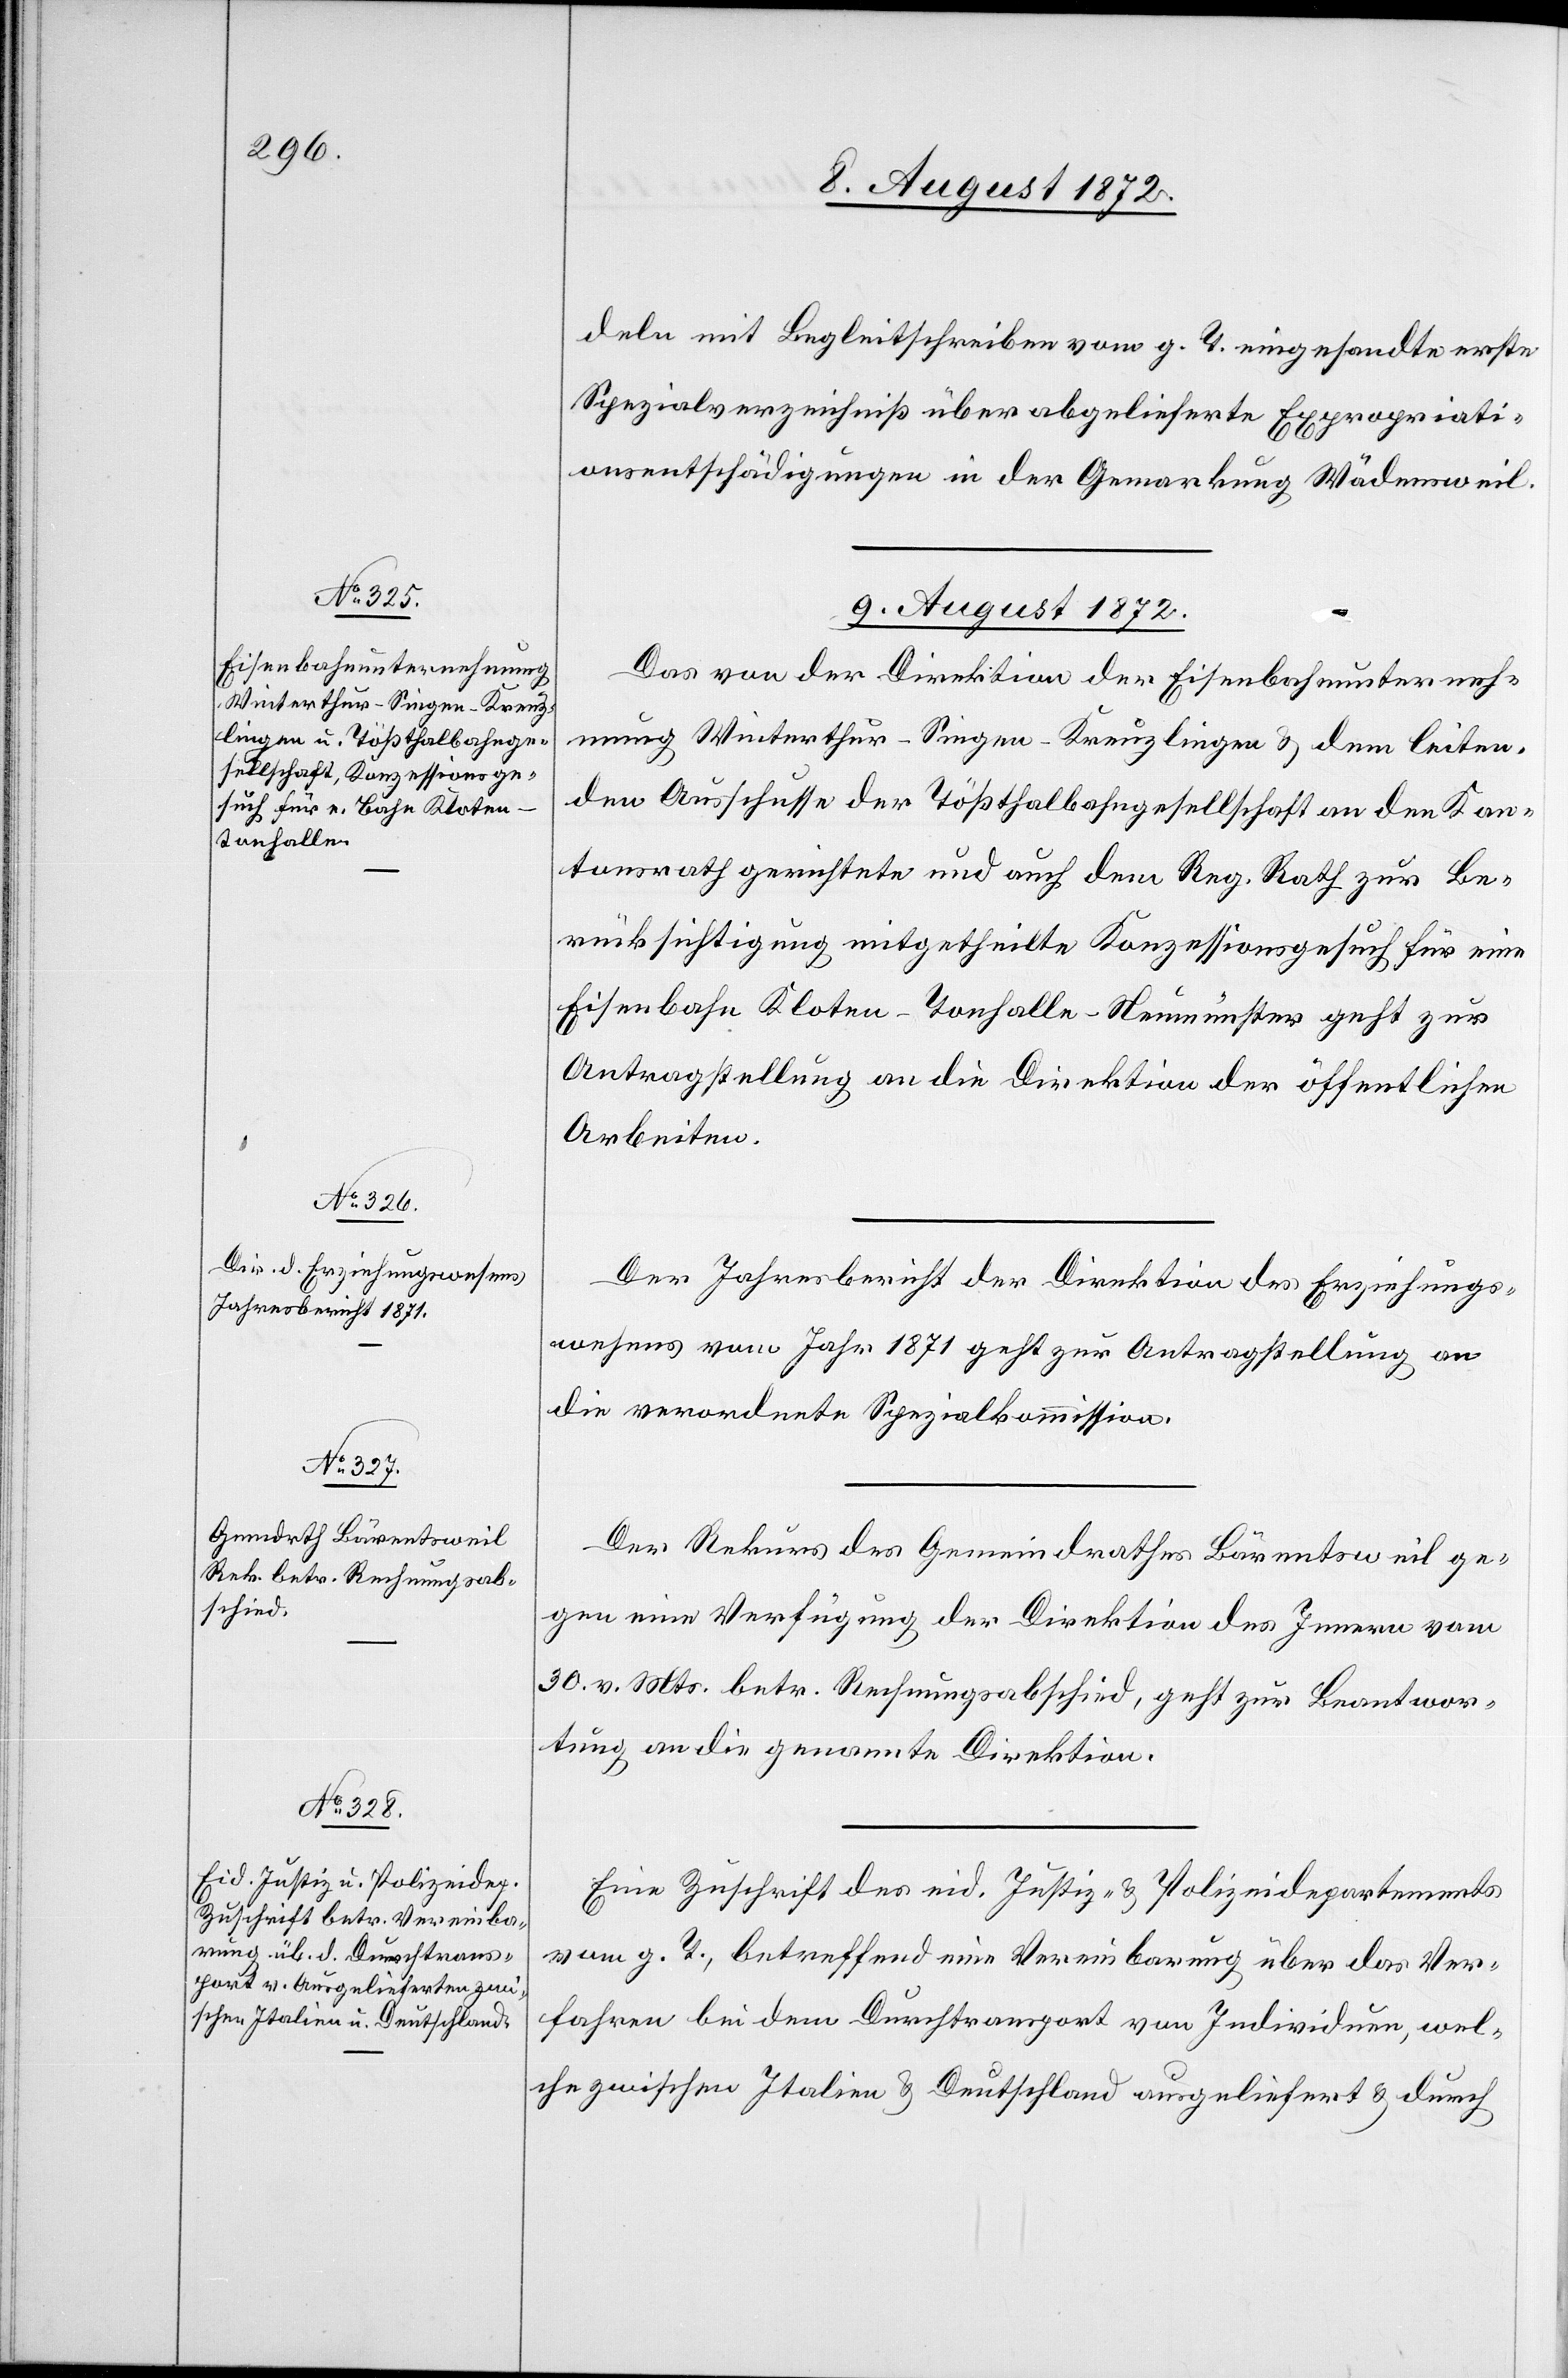
deln mit Begleitschreiben vom g. T. eingesandte erste
Spezialverzeichniß über abgelieferte Expropriati¬
onsentschädigungen in der Gemarkung Wädensweil.
9. August 1872.]
Das von der Direktion der Eisenbahnunterneh¬
mung Winterthur–Singen–Kreuzlingen u. dem leiten¬
den Ausschusse der Tößthalbahngesellschaft an den Kan¬
tonsrath gerichtete und auch dem Reg. Rath zur Be¬
rücksichtigung mitgetheilte Konzessionsgesuch für eine
Eisenbahn Kloten–Tonhalle–Neumünster geht zur
Antragstellung an die Direktion der öffentlichen
Arbeiten.
Der Jahresbericht der Direktion des Erziehungs¬
wesens vom Jahr 1871 geht zur Antragstellung an
die verordnete Spezialkommission.
Der Rekurs des Gemeindrathes Bärentsweil ge¬
gen eine Verfügung der Direktion des Innern vom
30. v. Mts. betr. Rechnungsabschied, geht zur Beantwor¬
tung an die genannte Direktion.
Eine Zuschrift des eid. Justiz- u. Polizeidepartements
vom g. T., betreffend eine Vereinbarung über das Ver¬
fahren bei dem Durchtransport von Individuen, wel¬
che zwischen Italien u. Deutschland ausgeliefert u. durch